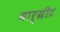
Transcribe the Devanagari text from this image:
मार्ग्रीट